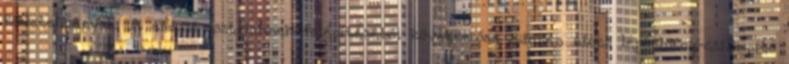
követelmények. A csúszó esztrichnek felépítéséből következően szintén nincs lépéshang-csillapító